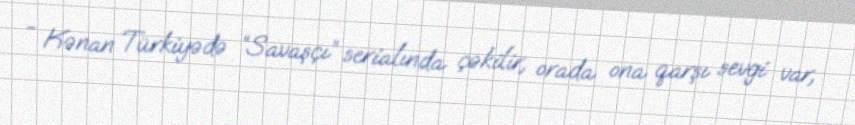
- Kənan Türkiyədə “Savaşçı” serialında çəkilir, orada ona qarşı sevgi var,